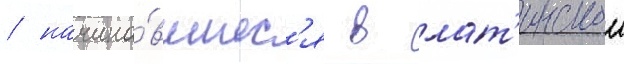
/ начина́вшиес'я в лат'инскои